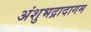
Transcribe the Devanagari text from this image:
अंशुभद्रादागम